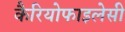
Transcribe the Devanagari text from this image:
कैरियोफाइलेसी